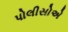
પોલીસોએ